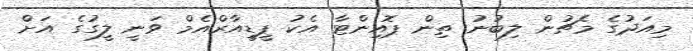
މިއަދުގެ މެޗުން ލިބުނު ތިން ޕޮއިންޓާ އެކު ޕީޑީއާރްއެމް ވަނީ ލީގުގެ އަށް